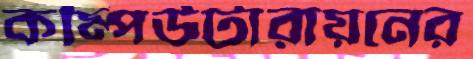
কম্পিউটারায়নের